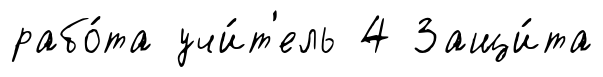
рабо́та учи́т'ель 4 Защи́та